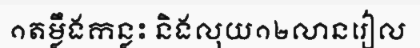
១តម្លឹងកន្លះ និងលុយ១២លានរៀល